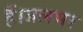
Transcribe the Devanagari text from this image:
हैं।जलभर